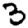
Digit: 3